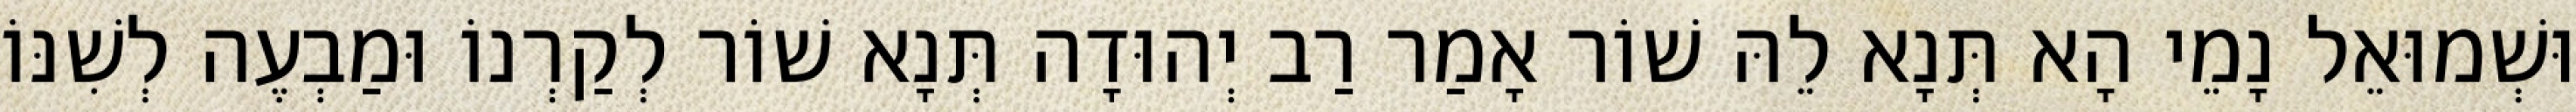
וּשְׁמוּאֵל נָמֵי הָא תְּנָא לֵהּ שׁוֹר אָמַר רַב יְהוּדָה תְּנָא שׁוֹר לְקַרְנוֹ וּמַבְעֶה לְשִׁנּוֹ